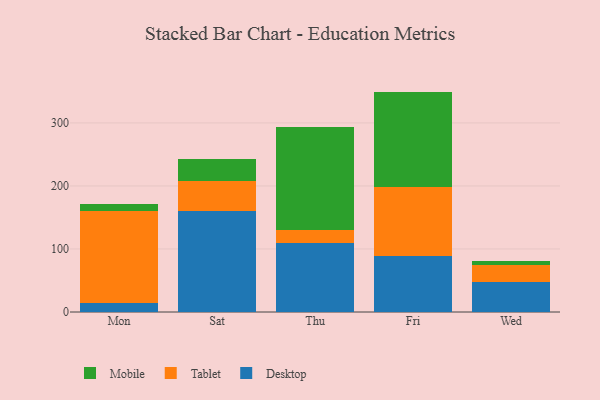
{"axis": {"x": "Day", "y": "Bounce Rate (%)"}, "legend": ["Desktop", "Mobile", "Tablet"], "data": [{"x": "Mon", "y": 14.6, "type": "Desktop"}, {"x": "Mon", "y": 146.3, "type": "Tablet"}, {"x": "Mon", "y": 11.1, "type": "Mobile"}, {"x": "Sat", "y": 160.6, "type": "Desktop"}, {"x": "Sat", "y": 46.5, "type": "Tablet"}, {"x": "Sat", "y": 36.0, "type": "Mobile"}, {"x": "Thu", "y": 110.2, "type": "Desktop"}, {"x": "Thu", "y": 19.7, "type": "Tablet"}, {"x": "Thu", "y": 163.5, "type": "Mobile"}, {"x": "Fri", "y": 89.2, "type": "Desktop"}, {"x": "Fri", "y": 109.5, "type": "Tablet"}, {"x": "Fri", "y": 151.0, "type": "Mobile"}, {"x": "Wed", "y": 47.2, "type": "Desktop"}, {"x": "Wed", "y": 26.6, "type": "Tablet"}, {"x": "Wed", "y": 6.6, "type": "Mobile"}]}